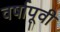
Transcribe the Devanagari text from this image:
वर्षापूवी